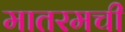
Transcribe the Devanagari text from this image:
मातरमची